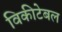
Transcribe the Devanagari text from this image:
विकीटेबल